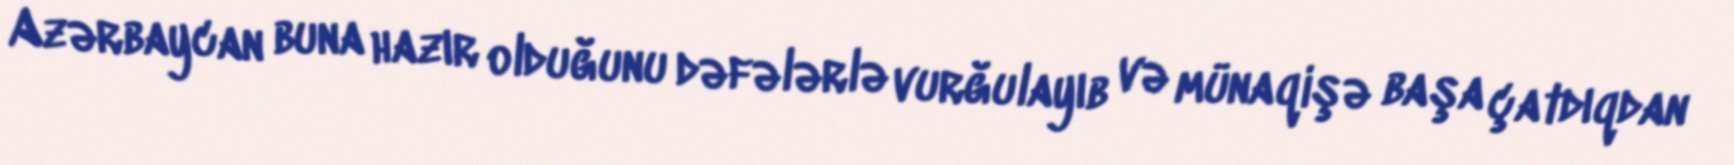
Azərbaycan buna hazır olduğunu dəfələrlə vurğulayıb və münaqişə başa çatdıqdan